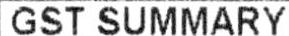
GST SUMMARY